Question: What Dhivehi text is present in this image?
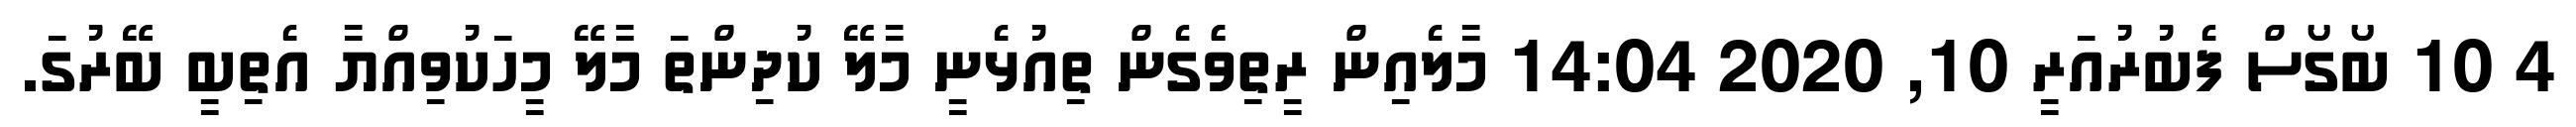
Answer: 4 10 ބޯގޯސް ފެބުރުއަރީ 10, 2020 14:04 މާލެއިން ރީތިވެެގެން ތިއުޅެނީ މާލޭ ކުދިންތަ މާލޭ މީހަކުވިއްޔާ އެތިބީ ބޭރުގަ.